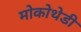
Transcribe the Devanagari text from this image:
मोकोथेडी